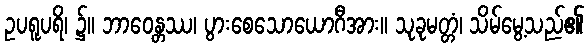
ဥပရူပရိ၊ ၌။ ဘာဝေန္တဿ၊ ပွားစေသောယောဂီအား။ သုခုမတ္တံ၊ သိမ်မွေ့သည်၏